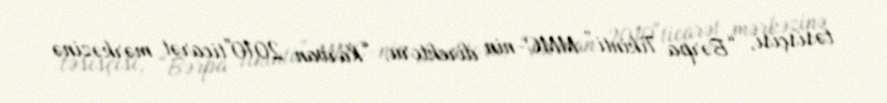
təsisçisi, “Bərpa Tikinti” MMC-nin direktoru, “Karvan 2010"ticarət mərkəzinə